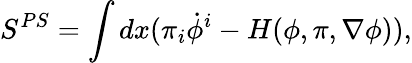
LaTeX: S^{PS}=\int dx(\pi_{i}\dot{\phi}^{i}-H(\phi,\pi,\nabla\phi)),